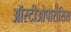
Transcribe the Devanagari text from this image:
ऑस्टीओपोरोसिस